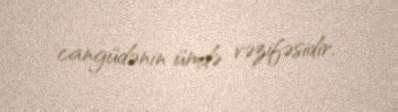
cangüdənin ümdə vəzifəsidir.